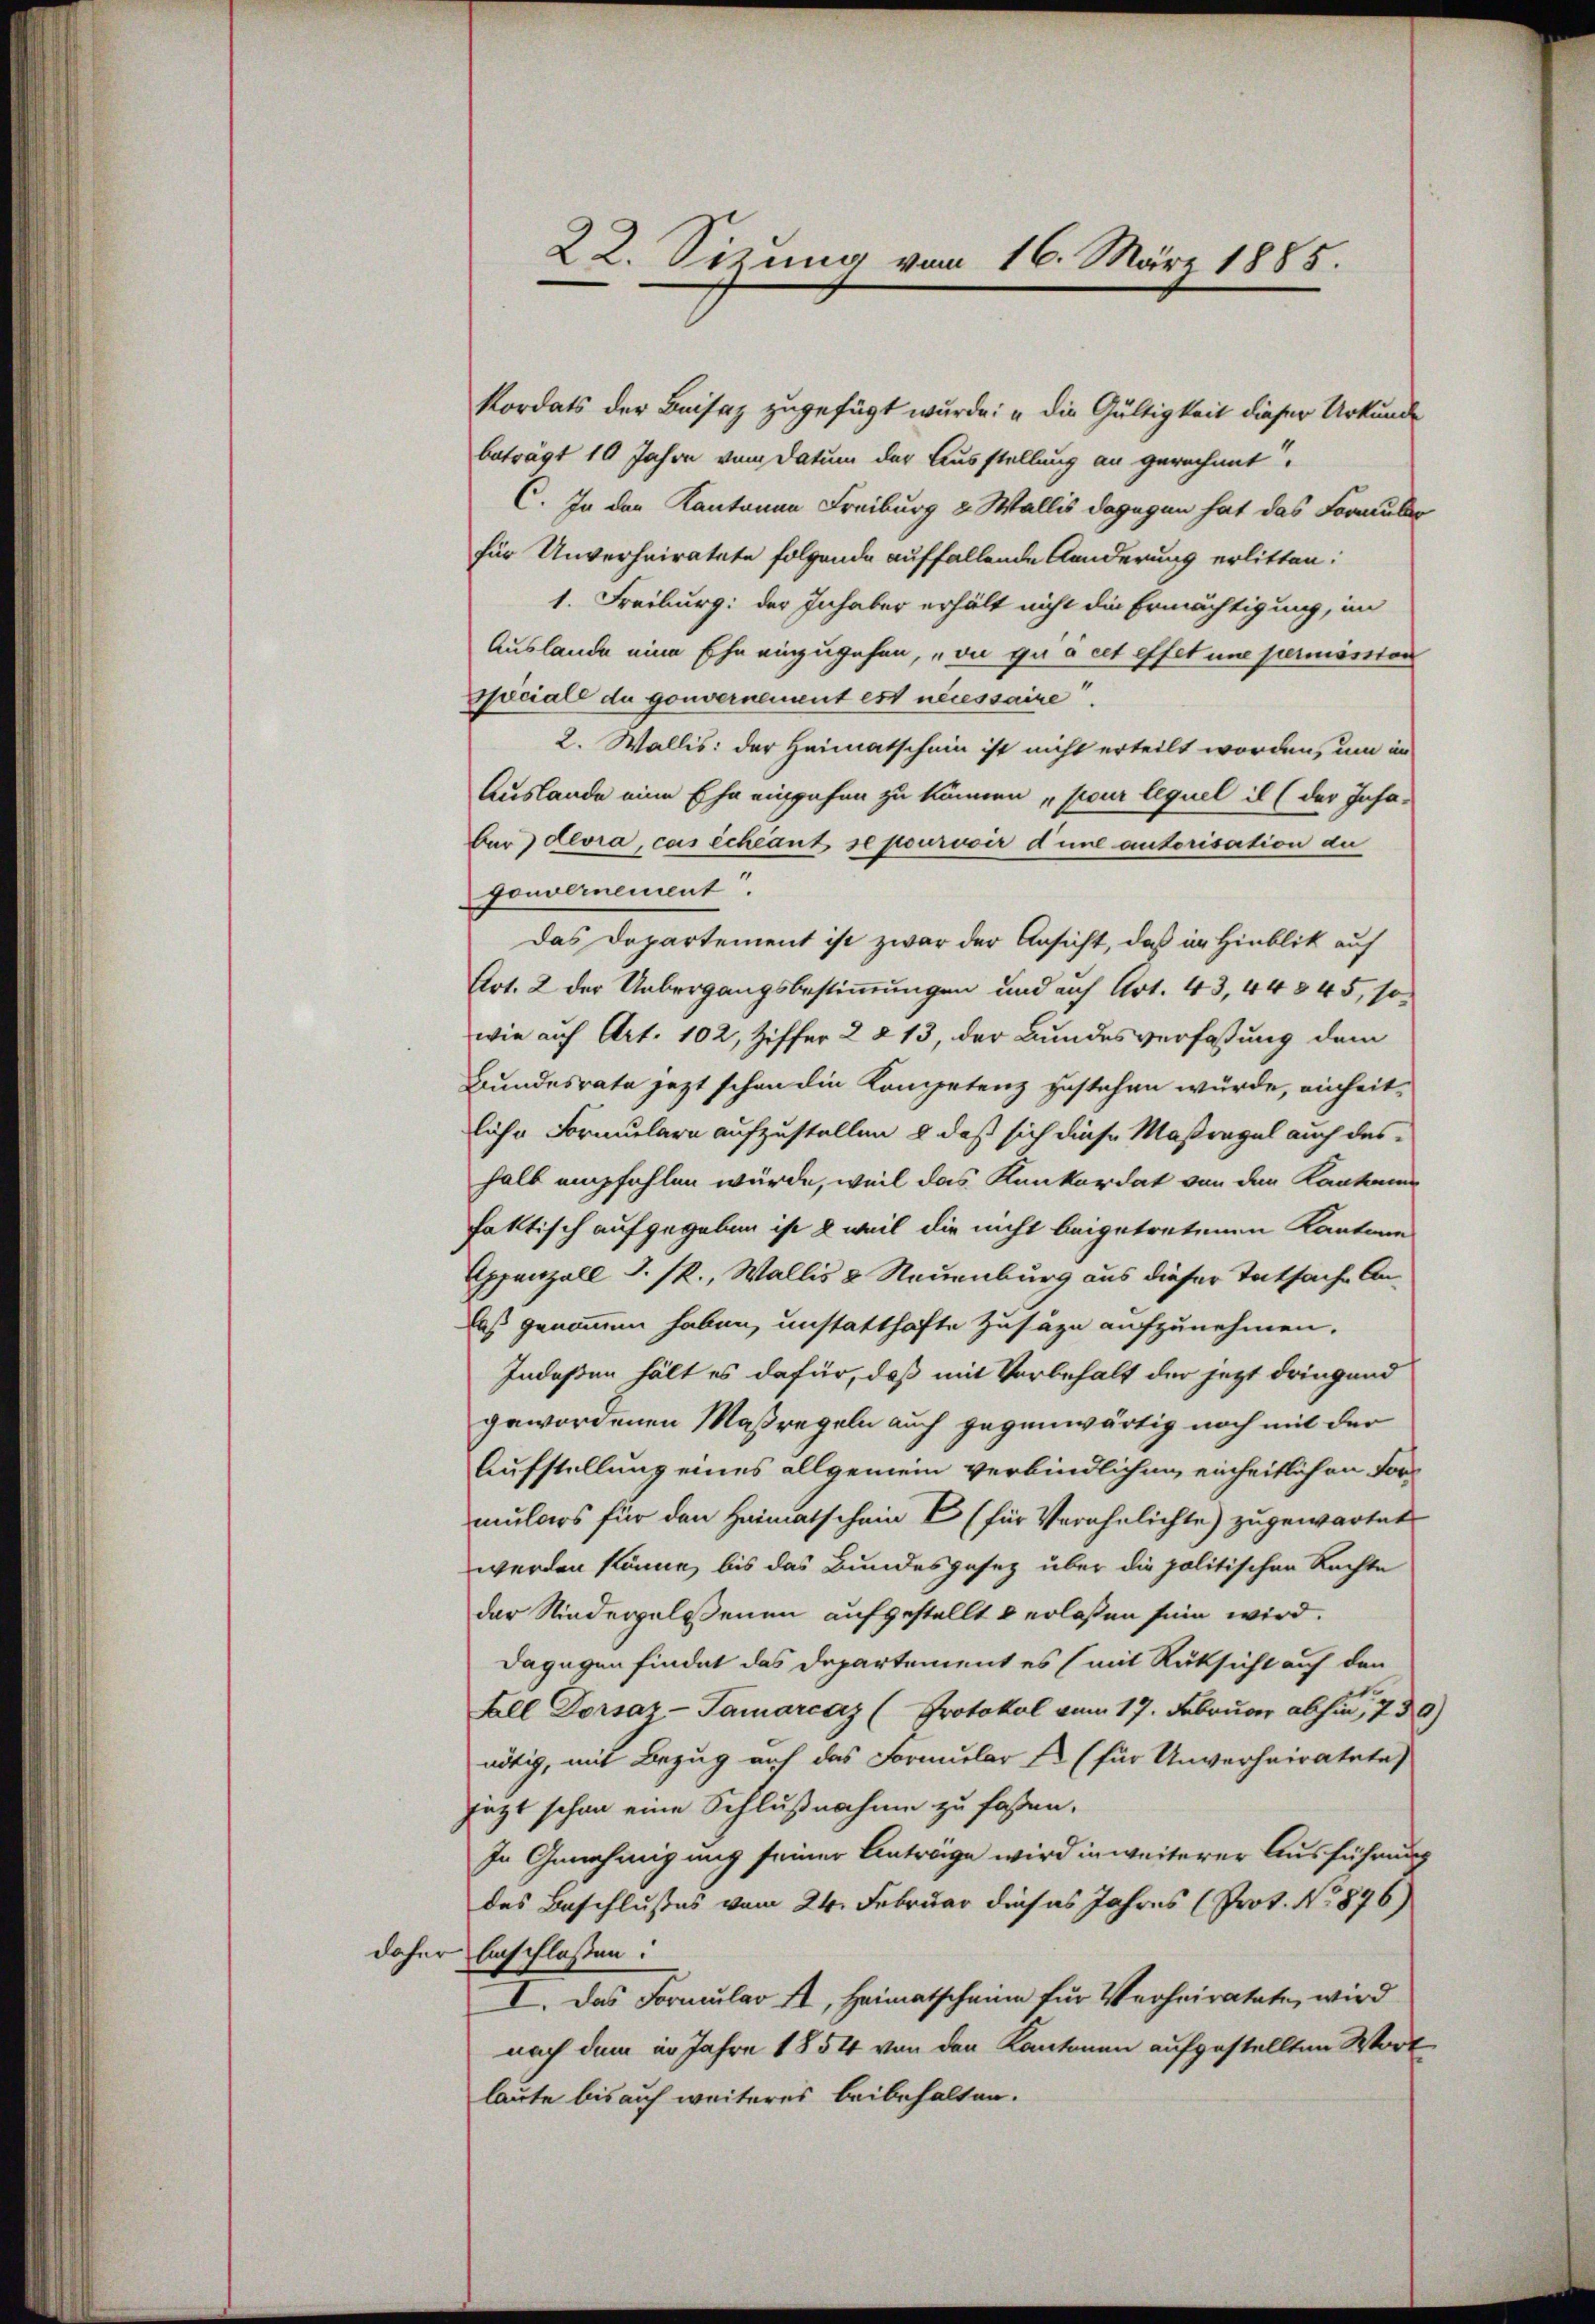
für Unverheiratete folgende auffallende Aenderung erlitten:
1. Freiburg: der Inhaber erhält nicht die Ermächtigung, im
Auslande eine Ehe einzugehen, „on que cet effet une permission
speciale du gouvernement est necessaire.
2. Wallis: der Heimatschein ist nicht erteilt worden, um in
Auslande eine Ehe eingehen zu können pour lequel il (der Insa-
ber devra, cas échéant se pourvoir d’une autorisation de
gouvernement.
Das Departement ist zwar der Ansicht, daß in Hinblik auf
Art. 2 der Uebergangsbestimmungen und auf Art. 43, 44 § 45, so
wie auf Art. 102, Ziffer 2 213, der Bundesverfassung dem
Bundesrate jezt schon die Kompetenz zustehen würde, einheit-
liche Formulare aufzustellen & daß sich diese Maßregel auch des
halb empfehlen würde, weil das Konkordat von den Kantoner
faktisch aufgegeben ist & weil die nicht beigetretenen Kantone
Appenzell I. R., Wallis & Neuenburg aus dieser Tatsache Anlaß genommen haben, unstatthafte Zusäze aufzunehmen.
Indeßen hält es dafür, daß mit Vorbehalt der jetzt dringend
gewordenen Maßregeln auch gegenwärtig noch mit der
Aufstellung eines allgemein verbindlichen einheitlichen Formulars für den Heimatschein E (für Verehelichte) zugewartet
werden könne, bis das Bundesgesetz über die politischen Rechte
der Niedergelesenen aufgestellt & erlaßen sein wird.
dagegen findet das Departement es (mit Rüksicht auf den
Fall Dorsaz-Tamarcaz (Protokol vom 17. Februar abhin, 7 30)
nötig, mit Bezug auf das Formular (für Unverheiratetes
jezt schon eine Schlußnahme zu faßen.
In Genehmigung seiner Antrage wird in weiterer Ausführung
des Beschlußes vom 24. Februar dieses Jahres (Prot. No 876)
daher beschlossen:
I. Das Formular A, Heimatscheine für Verheiratete, wird
nach dem in Jahre 1854 von den Kantonen aufgestellten Wort
laute bis auf weiteres beibehalten.

22. Sizung vom 16. März 1885.

kordats der Beisaz zugefügt wurde: „die Gültigkeit dieser Urkunde
beträgt 10 Jahre vom Datum der Ausstellung an gerechnet
C. In der Kantonen Freiburg & Wallis dagegen hat das Formular